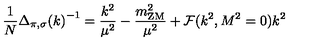
\frac { 1 } { N } { \Delta _ { \pi , \sigma } ( k ) } ^ { - 1 } = \frac { k ^ { 2 } } { \mu ^ { 2 } } - \frac { m _ { \mathrm { Z M } } ^ { 2 } } { \mu ^ { 2 } } + { \cal F } ( k ^ { 2 } , M ^ { 2 } = 0 ) k ^ { 2 }